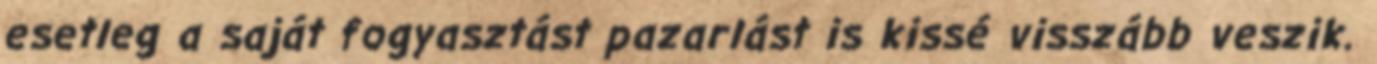
esetleg a saját fogyasztást pazarlást is kissé visszább veszik.